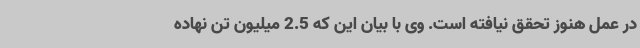
در عمل هنوز تحقق نیافته است. وی با بیان این که 2.5 میلیون تن نهاده